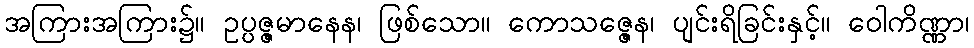
အကြားအကြား၌။ ဥပ္ပဇ္ဇမာနေန၊ ဖြစ်သော။ ကောသဇ္ဇေန၊ ပျင်းရိခြင်းနှင့်။ ဝေါကိဏ္ဏာ၊